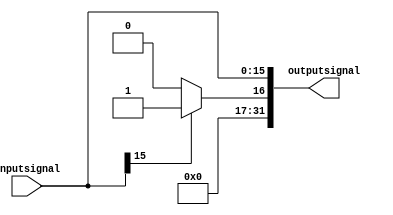
`timescale 1ns / 1ps
//////////////////////////////////////////////////////////////////////////////////
// Company: 
// 
// Design Name: 
// Module Name: sign_extend
// Project Name: Single Cycle CPU
// Target Devices: 
// Tool Versions: 
// Description: 
// 
// Dependencies: 
// 
// Revision:
// Revision 0.01 - File Created
// Additional Comments:
// 
//////////////////////////////////////////////////////////////////////////////////


module sign_extend(inputsignal, outputsignal);
    input [15:0] inputsignal;
    output [31:0] outputsignal;
    assign outputsignal[15:0] = inputsignal[15:0];
    assign outputsignal[31:16] = inputsignal[15]?16'b1:16'b0;
endmodule